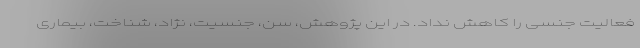
فعالیت جنسی را کاهش نداد. در این پژوهش، سن، جنسیت، نژاد، شناخت، بیماری